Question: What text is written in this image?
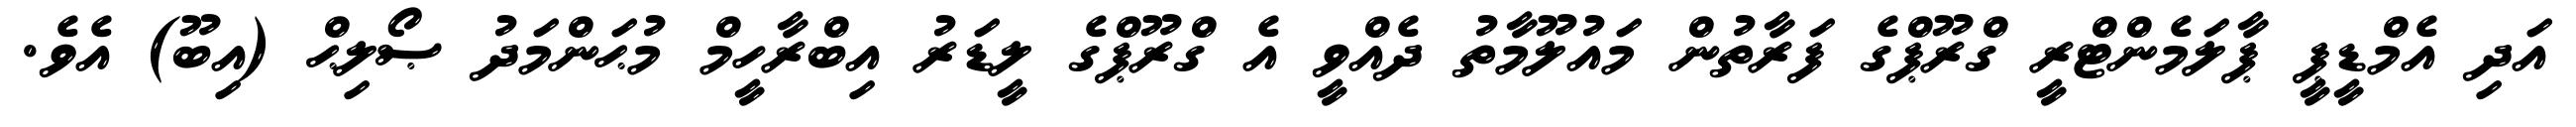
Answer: އަދި އެމްޑީޕީ ޕާލަމެންޓްރީ ގްރޫޕްގެ ފަރާތުން މައުލޫމާތު ދެއްވީ އެ ގްރޫޕްގެ ލީޑަރު އިބްރާހީމް މުޙަންމަދު ޞޯލިޙް (އިބޫ) އެވެ.